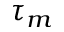
\tau _ { m }